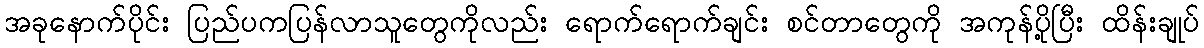
အခုနောက်ပိုင်း ပြည်ပကပြန်လာသူတွေကိုလည်း ရောက်ရောက်ချင်း စင်တာတွေကို အကုန်ပို့ပြီး ထိန်းချုပ်